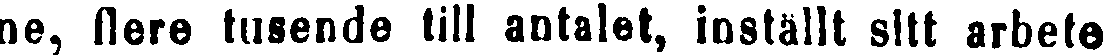
ne, flere tusende till antalet, inställt sitt arbete